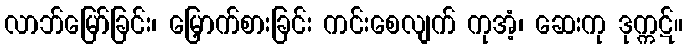
လာဘ်မြော်ခြင်း၊ မြှောက်စားခြင်း ကင်းစေလျက် ကုအံ့၊ ဆေးကု ဒုက္ကဋ်။